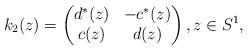
LaTeX: \begin{gather*}k_2(z)=\left(\begin{matrix} d^{*}(z)&-c^{*}(z)\\c(z)&d(z)\end{matrix} \right),z\in S^1,\end{gather*}